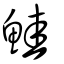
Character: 鮭